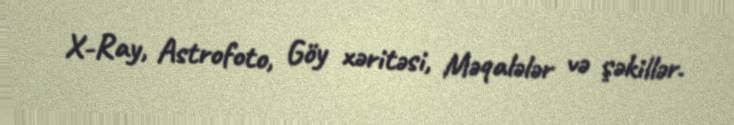
X-Ray, Astrofoto, Göy xəritəsi, Məqalələr və şəkillər.